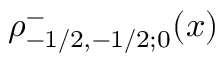
\rho _ { - 1 / 2 , - 1 / 2 ; 0 } ^ { - } ( x )